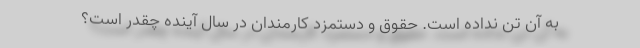
به آن تن نداده است. حقوق و دستمزد کارمندان در سال آینده چقدر است؟